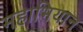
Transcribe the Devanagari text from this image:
महाभियान